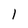
Character: 1